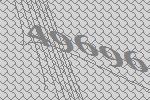
49696